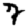
Digit: 7